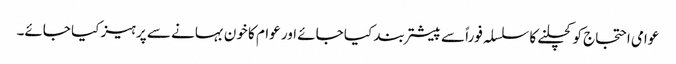
عوامی احتجاج کو کچلنے کا سلسلہ فوراً سے پیشتر بند کیا جائے اور عوام کا خون بہانے سے پرہیز کیا جائے۔